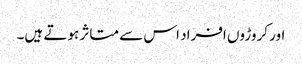
اور کروڑوں افراد اس سے متاثر ہوتے ہیں۔